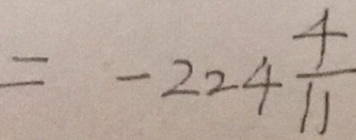
= - 2 2 4 \frac { 4 } { 1 1 }